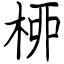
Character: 桺